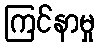
ကြင်နာမှု